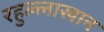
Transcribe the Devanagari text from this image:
रहुल्लाखान